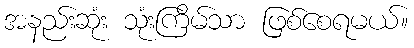
အနည်းဆုံး သုံးကြိမ်သာ ဖြစ်စေရမယ်။